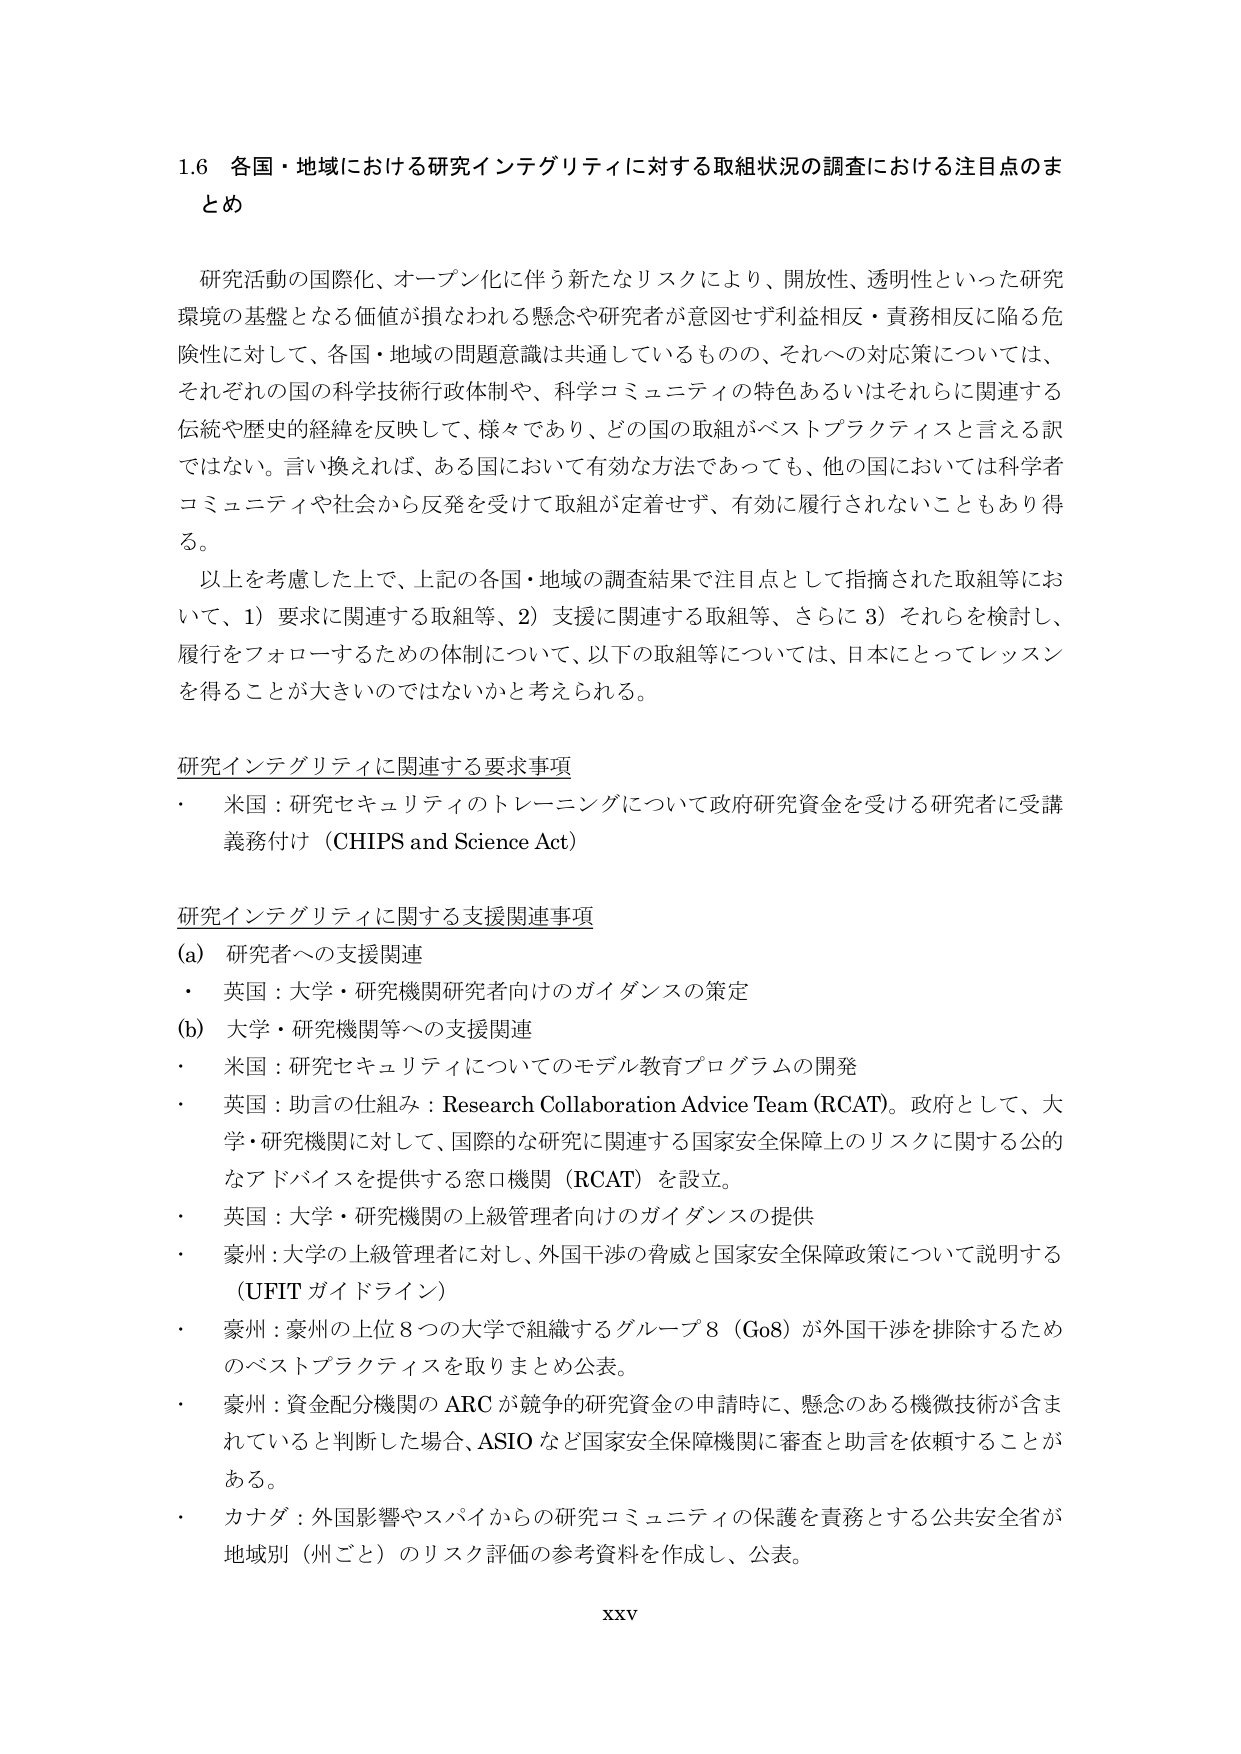
1.6 各国・地域における研究インテグリティに対する取組状況の調査における注目点のまとめ

研究活動の国際化、オープン化に伴う新たなリスクにより、開放性、透明性といった研究環境の基盤となる価値が損なわれる懸念や研究者が意図せず利益相反・責務相反に陥る危険性に対して、各国・地域の問題意識は共通しているものの、それへの対応策については、それぞれの国の科学技術行政体制や、科学コミュニティの特色あるいはそれらに関連する伝統や歴史的経緯を反映して、様々であり、どの国の取組がベストプラクティスと言える訳ではない。言い換えれば、ある国において有効な方法であっても、他の国においては科学者コミュニティや社会から反発を受けて取組が定着せず、有効に履行されないこともあり得る。

以上を考慮した上で、上記の各国・地域の調査結果で注目点として指摘された取組等において、1）要求に関連する取組等、2）支援に関連する取組等、さらに3）それらを検討し、履行をフォローするための体制について、以下の取組等については、日本にとってレッスンを得ることが大きいのではないかと考えられる。

研究インテグリティに関連する要求事項
・ 米国：研究セキュリティのトレーニングについて政府研究資金を受ける研究者に受講義務付け（CHIPS and Science Act）

研究インテグリティに関する支援関連事項
(a) 研究者への支援関連
・ 英国：大学・研究機関研究者向けのガイダンスの策定
(b) 大学・研究機関等への支援関連
・ 米国：研究セキュリティについてのモデル教育プログラムの開発
・ 英国：助言の仕組み：Research Collaboration Advice Team (RCAT)。政府として、大学・研究機関に対して、国際的な研究に関連する国家安全保障上のリスクに関する公的なアドバイスを提供する窓口機関（RCAT）を設立。
・ 英国：大学・研究機関の上級管理者向けのガイダンスの提供
・ 豪州：大学の上級管理者に対し、外国干渉の脅威と国家安全保障政策について説明する（UFIT ガイドライン）
・ 豪州：豪州の上位8つの大学で組織するグループ8（Go8）が外国干渉を排除するためのベストプラクティスを取りまとめ公表。
・ 豪州：資金配分機関のARCが競争的研究資金の申請時に、懸念のある機微技術が含まれていると判断した場合、ASIOなど国家安全保障機関に審査と助言を依頼することがある。
・ カナダ：外国影響やスパイからの研究コミュニティの保護を責務とする公共安全省が地域別（州ごと）のリスク評価の参考資料を作成し、公表。

XXV